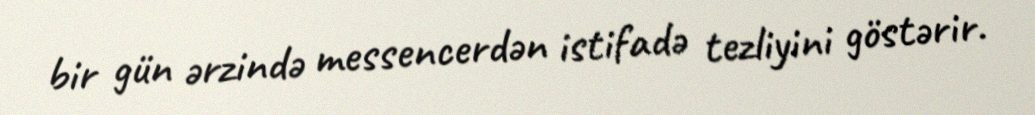
bir gün ərzində messencerdən istifadə tezliyini göstərir.